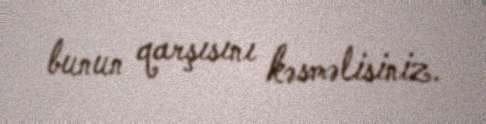
bunun qarşısını kəsməlisiniz.